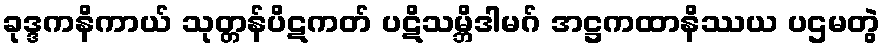
ခုဒ္ဒကနိကာယ် သုတ္တန်ပိဋကတ် ပဋိသမ္ဘိဒါမဂ် အဋ္ဌကထာနိဿယ ပဌမတွဲ